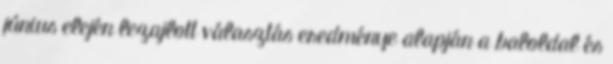
június elején lezajlott választás eredménye alapján a baloldal és